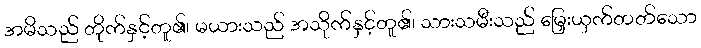
အမိသည် တိုက်နှင့်တူ၏၊ မယားသည် အသိုက်နှင့်တူ၏၊ သားသမီးသည် မြှေးယှက်တတ်သော